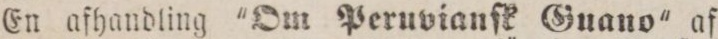
En afhandling 'Om Peruvianſk Gnano' af